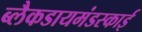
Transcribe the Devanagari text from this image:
ब्लैकडायमंडस्काई